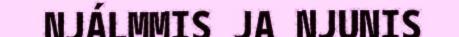
NJÁLMMIS JA NJUNIS